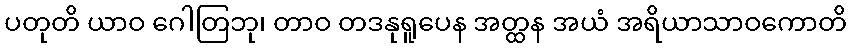
ပတုတိ ယာဝ ဂေါတြဘု၊ တာဝ တဒနုရူပေန အတ္ထန အယံ အရိယာသာဝကောတိ